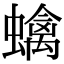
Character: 蠄